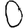
Digit: 0